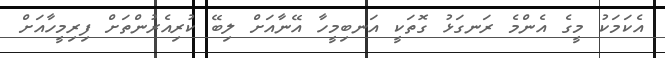
އެކަމަކު މީގެ އެންމެ ރަނގަޅު ގޮތަކީ އަނބިމީހާ އޭނާއަށް ލިބޭ ކުރިއެރުންތަށް ފިރިމީހާއަށް